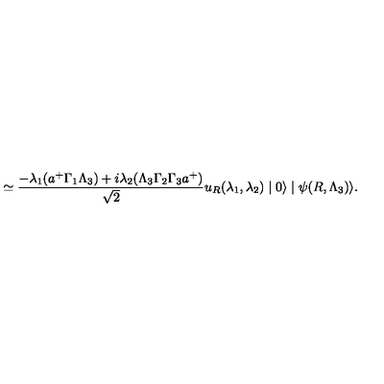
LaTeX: \simeq \frac { - \lambda _ { 1 } ( a ^ { + } \Gamma _ { 1 } \Lambda _ { 3 } ) + i \lambda _ { 2 } ( \Lambda _ { 3 } \Gamma _ { 2 } \Gamma _ { 3 } a ^ { + } ) } { \sqrt { 2 } } u _ { R } ( \lambda _ { 1 } , \lambda _ { 2 } ) \mid 0 \rangle \mid \psi ( R , \Lambda _ { 3 } ) \rangle .